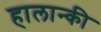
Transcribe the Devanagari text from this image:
हालान्की